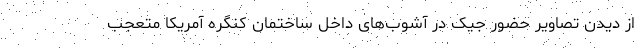
از دیدن تصاویر حضور جیک در آشوب‌های داخل ساختمان کنگره آمریکا متعجب